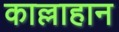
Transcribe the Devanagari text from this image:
काल्लाहान